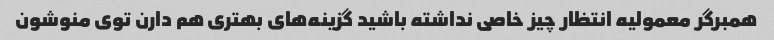
همبرگر معمولیه انتظار چیز خاصی نداشته باشید گزینه‌های بهتری هم دارن توی منوشون